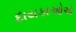
દાયકાઓએ